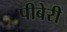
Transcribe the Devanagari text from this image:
पीबेरी